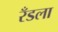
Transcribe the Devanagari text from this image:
रँडला